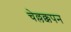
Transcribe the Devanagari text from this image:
चेल्लक्कपन